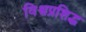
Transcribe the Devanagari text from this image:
विश्वप्रशिद्ध